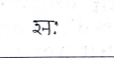
मजकूर: सः